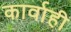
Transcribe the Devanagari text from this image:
कार्वाही